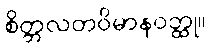
စိတ္တလတဝိမာနဝတ္ထု။